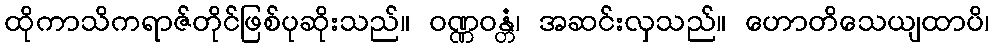
ထိုကာသိကရာဇ်တိုင်ဖြစ်ပုဆိုးသည်။ ဝဏ္ဏဝန္တံ၊ အဆင်းလှသည်။ ဟောတိသေယျထာပိ၊